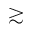
\gtrsim